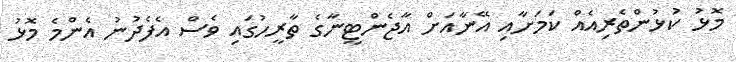
މޮޅު ކުޅުންތެރިއެއް ކަމަށާއި އޭނާއަށް އާޖެންޓީނާގެ ތާރީހުގައި ވެސް އެފެދުނު އެންމެ މޮޅު